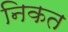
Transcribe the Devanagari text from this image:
निकत